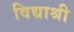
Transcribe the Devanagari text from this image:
विद्याश्री